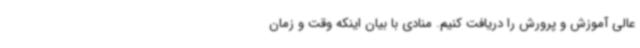
عالی آموزش و پرورش را دریافت کنیم. منادی با بیان اینکه وقت و زمان